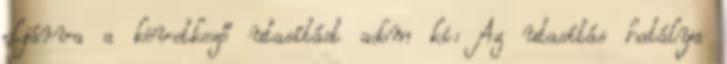
eljárva a következő utasítást adom ki: Az utasítás hatálya